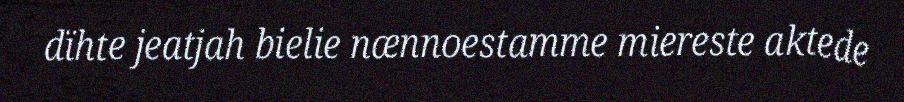
dïhte jeatjah bielie nænnoestamme miereste aktede